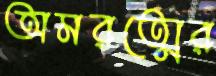
অমরত্মের